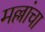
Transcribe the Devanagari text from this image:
मल्लांचा